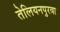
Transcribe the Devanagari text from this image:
तेलियनपुरवा